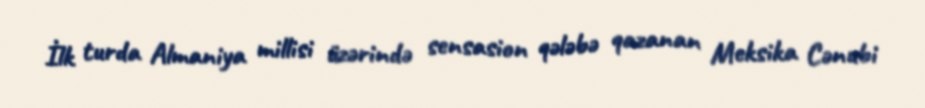
İlk turda Almaniya millisi üzərində sensasion qələbə qazanan Meksika Cənubi